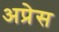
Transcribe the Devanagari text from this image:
अप्रेस